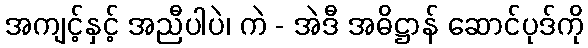
အကျင့်နှင့် အညီပါပဲ၊ ကဲ - အဲဒီ အဓိဋ္ဌာန် ဆောင်ပုဒ်ကို